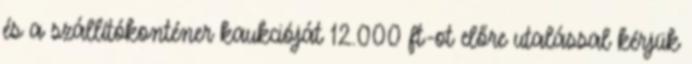
és a szállítókonténer kaukcióját 12.000 ft-ot előre utalással kérjük